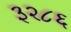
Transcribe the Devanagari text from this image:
३२८६